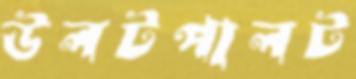
উলটপালট